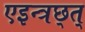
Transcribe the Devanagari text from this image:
एइन्त्रछ्त्